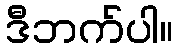
ဒီဘက်ပါ။